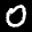
Label: 0